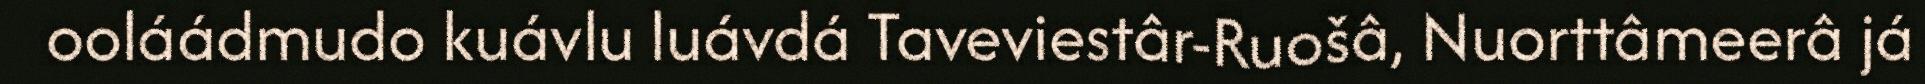
ooláádmudo kuávlu luávdá Taveviestâr-Ruošâ, Nuorttâmeerâ já